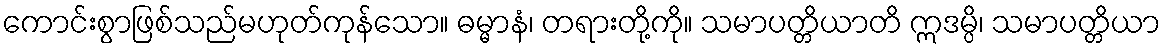
ကောင်းစွာဖြစ်သည်မဟုတ်ကုန်သော။ ဓမ္မာနံ၊ တရားတို့ကို။ သမာပတ္တိယာတိ ဣဒမ္ပိ၊ သမာပတ္တိယာ